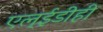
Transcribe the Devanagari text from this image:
एल्‌ईडीही